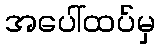
အပေါ်ထပ်မှ